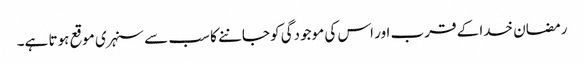
رمضان خدا کے قرب اور اس کی موجودگی کو جاننے کا سب سے سنہری موقع ہوتا ہے۔